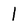
Character: l